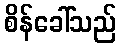
စိန်ခေါ်သည်